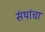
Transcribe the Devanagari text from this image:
संथांचा